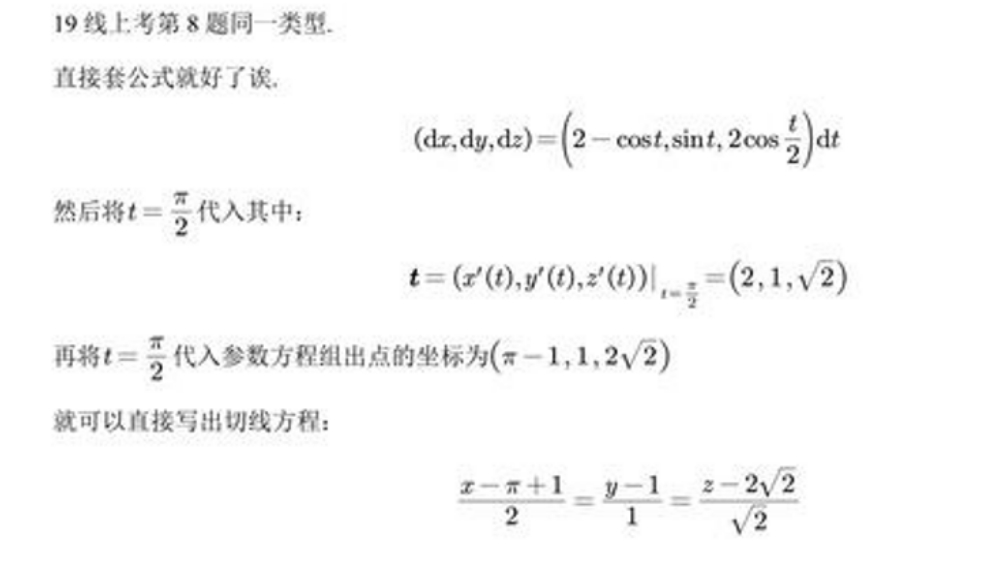
19线上考第8题同一类型.
直接套公式就好了诶.
\((\mathrm{d}x,\mathrm{d}y,\mathrm{d}z)=\left(2 - \cos t,\sin t,2\cos\frac{t}{2}\right)\mathrm{d}t\)
然后将\(t = \frac{\pi}{2}\)代入其中：
\(\boldsymbol{t}=(x^{\prime}(t),y^{\prime}(t),z^{\prime}(t))\big|_{t = \frac{\pi}{2}}=(2,1,\sqrt{2})\)
再将\(t = \frac{\pi}{2}\)代入参数方程组出点的坐标为\((\pi - 1,1,2\sqrt{2})\)
就可以直接写出切线方程：
\(\frac{x - \pi + 1}{2}=\frac{y - 1}{1}=\frac{z - 2\sqrt{2}}{\sqrt{2}}\)